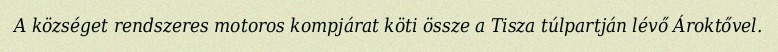
A községet rendszeres motoros kompjárat köti össze a Tisza túlpartján lévő Ároktővel.